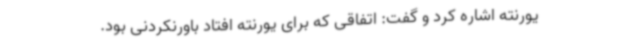
یورنته اشاره کرد و گفت: اتفاقی که برای یورنته افتاد باورنکردنی بود.